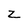
Character: Z